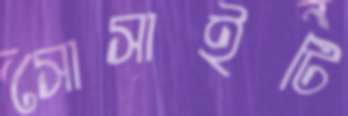
সোসাইটি